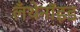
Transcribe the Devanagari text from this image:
लँथेनॉइड